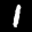
Label: 1